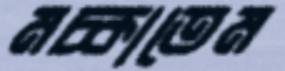
মচ্‌কাতেম